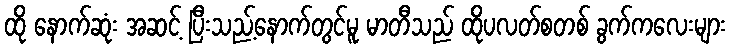
ထို နောက်ဆုံး အဆင့် ပြီးသည့်နောက်တွင်မူ မာတီသည် ထိုပလတ်စတစ် ခွက်ကလေးများ